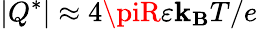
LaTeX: |Q^{*}|\approx4\piR\varepsilon\mathbf{k}_{\mathbf{B}}T/e